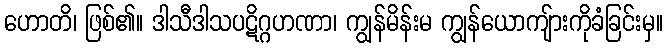
ဟောတိ၊ ဖြစ်၏။ ဒါသီဒါသပဋိဂ္ဂဟဏာ၊ ကျွန်မိန်းမ ကျွန်ယောကျ်ားကိုခံခြင်းမှ။